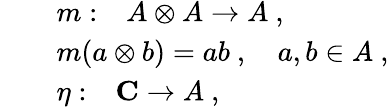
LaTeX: \begin{array}{rcl}{{}}&{{}}&{{m:~~~A\otimes A\to A~,}}\\ {{}}&{{}}&{{m(a\otimes b)=ab~,~~~~a,b\in A~,}}\\ {{}}&{{}}&{{\eta:~~~{\mathbf C}\to A~,}}\end{array}